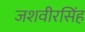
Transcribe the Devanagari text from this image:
जशवीरसिंह